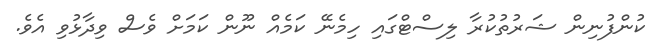
ކުންފުނިން ޝަރުތުކުރާ ލިސްޓްގައި ހިމެނޭ ކަމެއް ނޫން ކަމަށް ވެސް ވިދާޅުވި އެވެ.